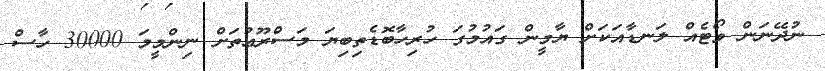
ނުދޭނަން ވޯޓެއް ލަނޑާއަކަށް ޔާމީން ގައުމުގަ ހުރިހާބޮޑެތިބިޔަ މަސްރޫޢުތަށް ނިންމީމަ 30000 ހާސް